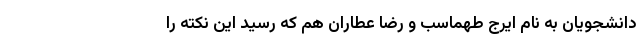
دانشجویان به نام ایرج طهماسب و رضا عطاران هم که رسید این نکته را